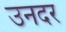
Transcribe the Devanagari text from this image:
उनदर